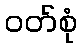
ဝတ်စုံ